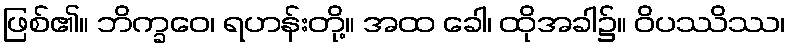
ဖြစ်၏။ ဘိက္ခဝေ၊ ရဟန်းတို့။ အထ ခေါ၊ ထိုအခါ၌။ ဝိပဿိဿ၊